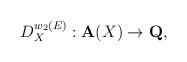
LaTeX: \begin{align*}D^{w_2(E)}_X: {\bf A}(X) \rightarrow {\bf Q},\end{align*}